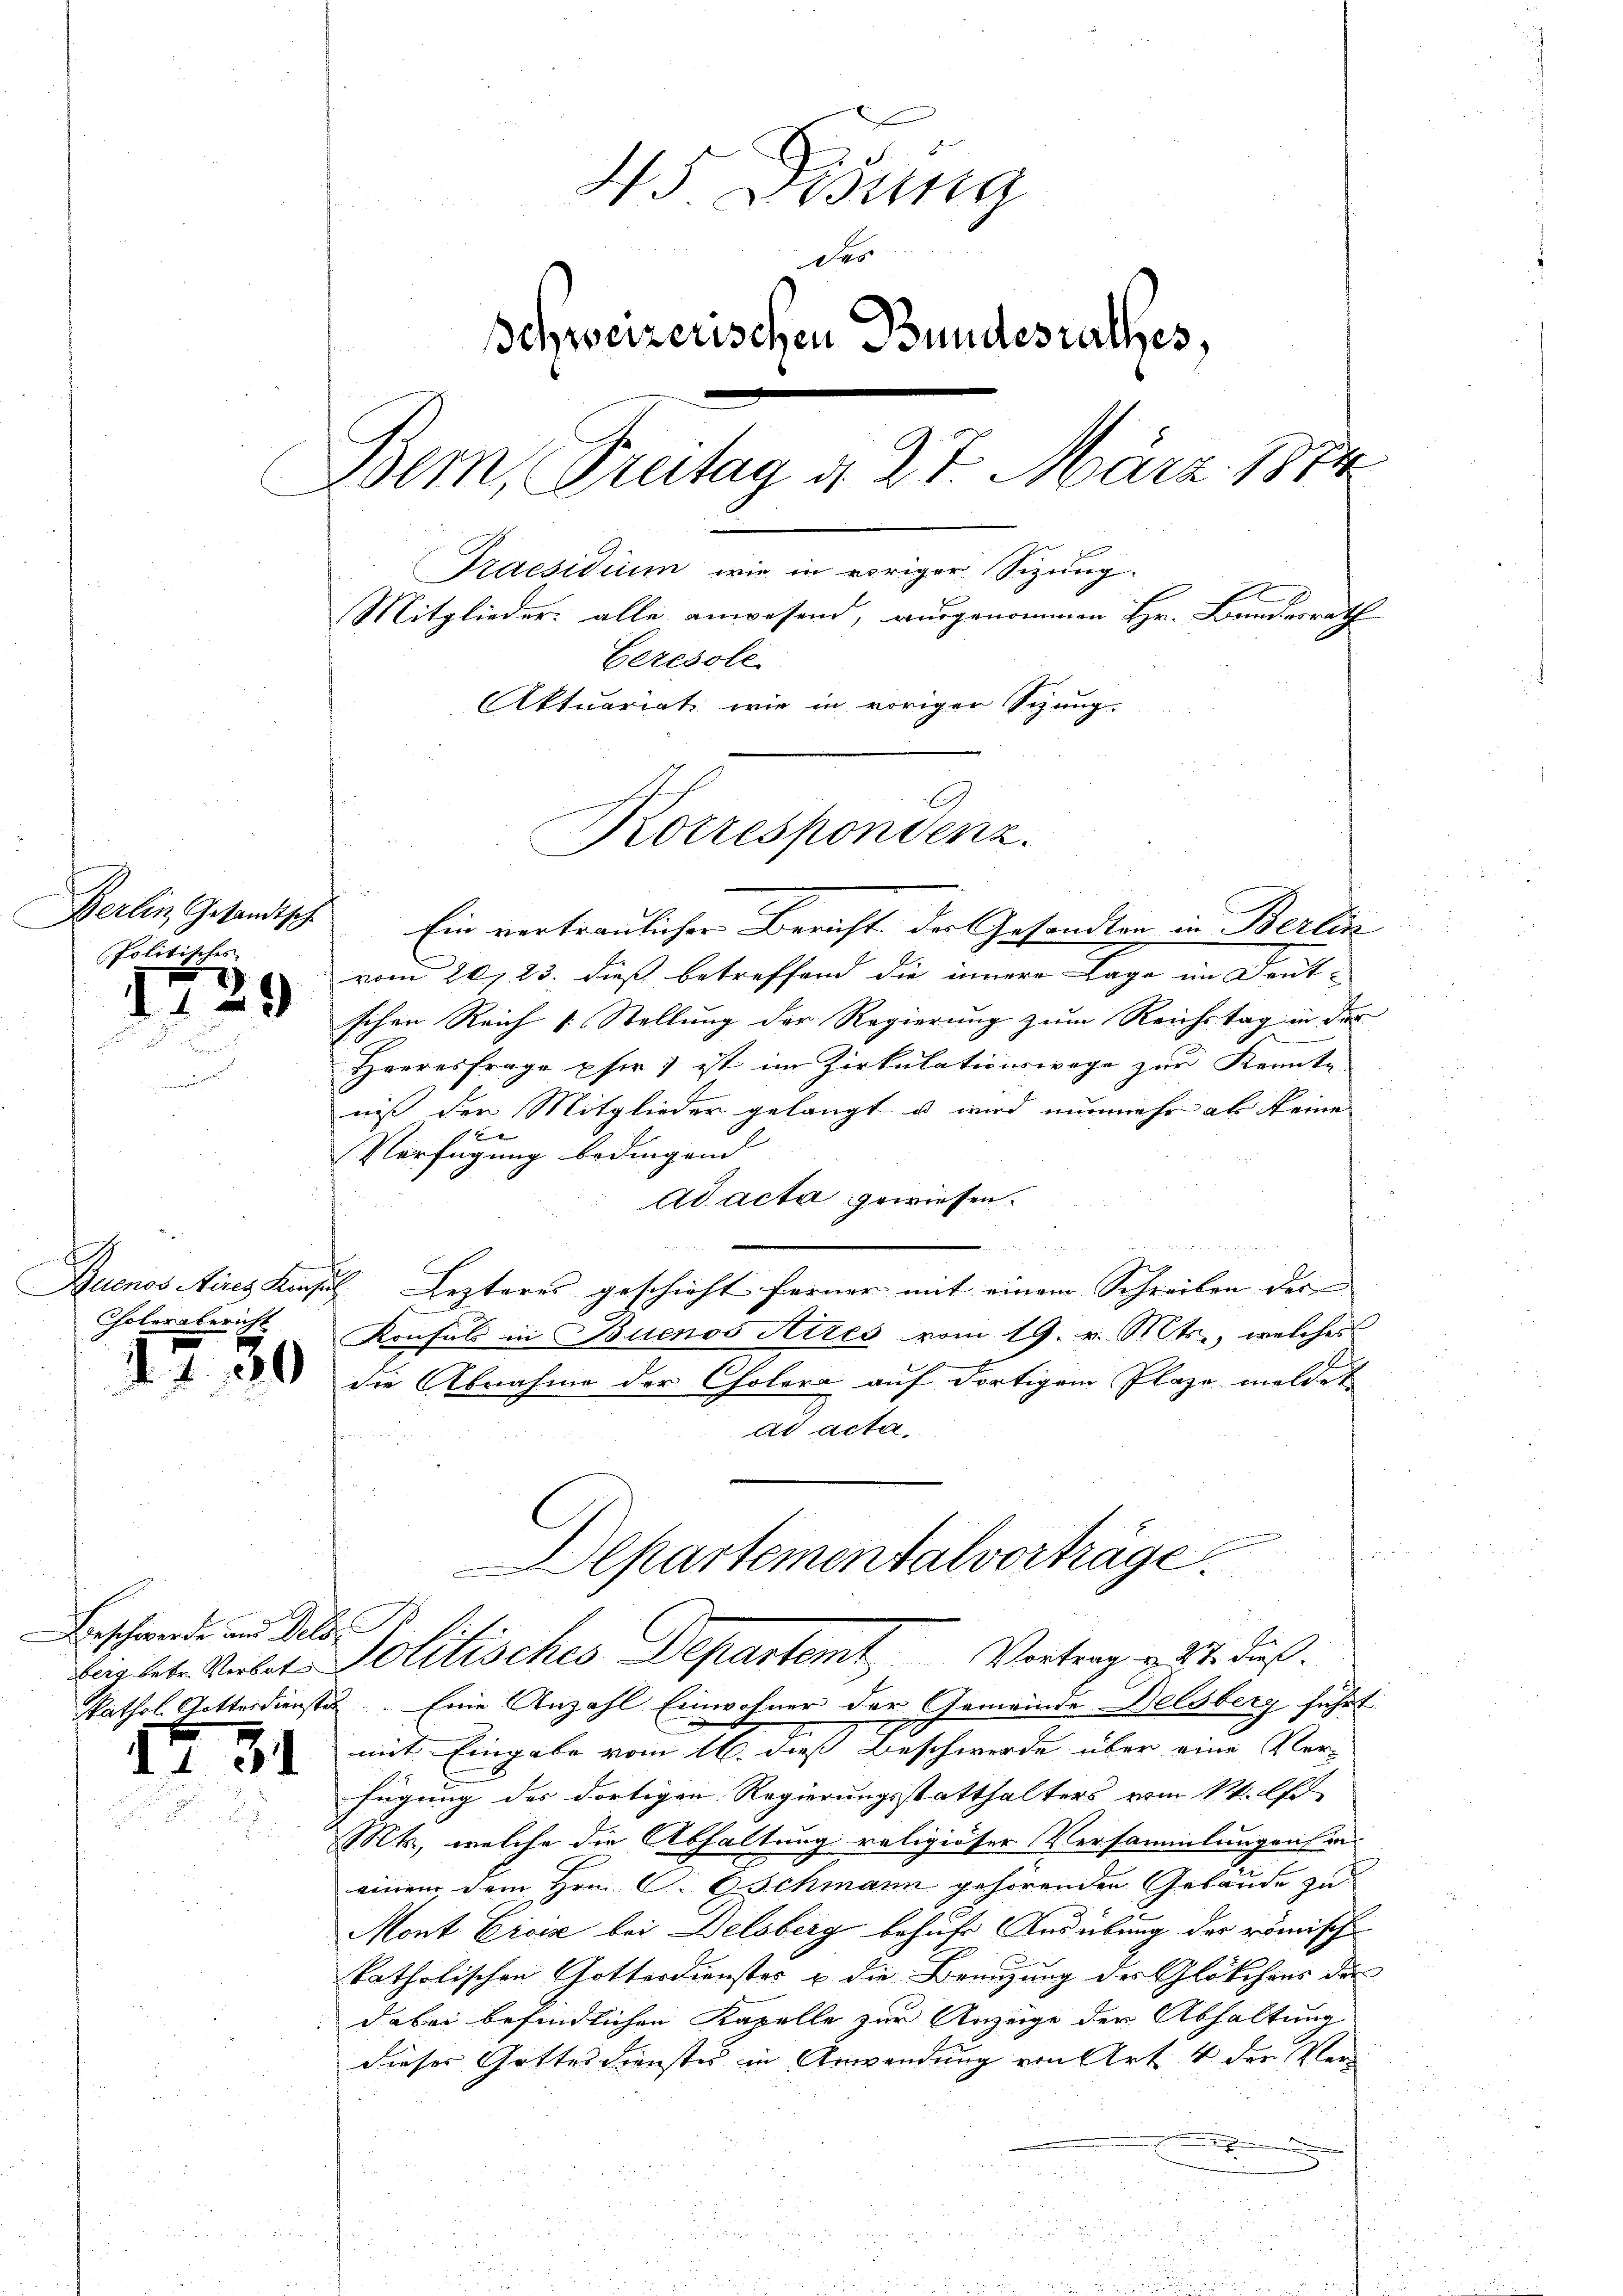
Gerlin Gesandtsch
politisches

129

A
Cholerabericht

d. 4. 189

Beschwerde und Delsberg betr. Verbot

1

31

45 Gesung
des
Schweizerischen Bundesrathes,
Wer, Freitag d. 27. März 1874
Praesidium, wie in voriger Sizung.
f
Mitglieder: alle anwesend, ausgenommen Hr. Bundesrath
Ceresole
Aktuariat wie in voriger Sitzung.

Korrespondenz.

Ein vertraulicher Bericht der Gesandten in Berlin
vom 20. 23. dieß betreffend die innere Lage im Deut-
schen Reich (: Stellung der Regierung zum Reichstag in der
Heeres frage pfer 7 ist im Zirkulationswege zur Kennte
niß der Mitglieder gelangt u wird nunmehr als keine
e
Verfügung bedingend |
Ad acta gewiesen.
Buenos Aires Konsul Lezteres geschieht ferner mit einem Schreiben der
Konsuls in Buenos Atzes vom 19. v. Mts., welches
die Abnahme der Cholera auf dortigem Plaze meldet
ad acta
n
Departementalvorträge.
8
Politisches Departemt Vertrag u. 24. Fuß.
kathol. Gottesdienste. Eine Anzahl Einwohner der Gemeinde Delsberg führt
mit Eingabe vom 16. dieß Beschwerde über eine Ver-
fügung des dortigen Regierungsstatthalters vom 14. A
Mts, welche die Abhaltung religiöser Versammlungenen
einem dem Hrn. P. C. Schmann gehörenden Gebäude zu
Mont Civis bei Delsberg behufs Ausübung des römisch
.
katholischen Gotterdienstes & die Brenzung der Glötchens der
dabei befindlichen Kapelle zur Anzeige der Abhaltung
dieser Gottesdienstes in Anwendung von Art. 4 der Verd

un